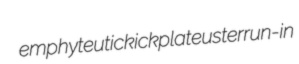
emphyteutic kickplate uster run-in